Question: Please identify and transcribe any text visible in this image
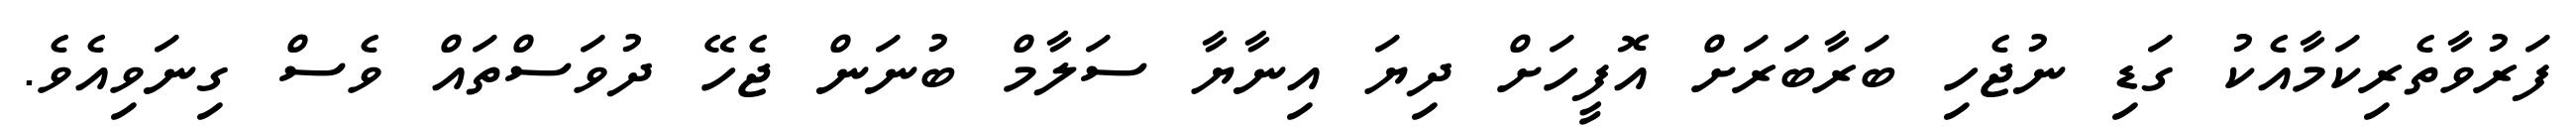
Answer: ފަރުވާތެރިކަމާއެކު ގަޑި ނުޖެހި ބަރާބަރަށް އޮފީހަށް ދިޔަ އިނާޔާ ސަލާމް ބުނަން ޖެހޭ ދުވަސްތައް ވެސް ގިނަވިއެވެ.